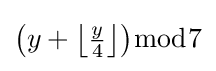
{\bigl (}y+{\bigl \lfloor }{\tfrac {y}{4}}{\bigr \rfloor }{\bigr )}{\bmod {7}}